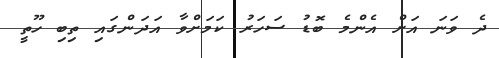
ދެ ވަނަ އަށް އެންމެ ބޮޑު ސަހަރު ކަމަށްވާ އަދަންގައި ތިބި ހޫތީ